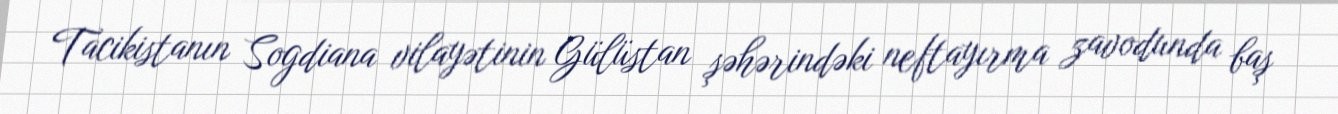
Tacikistanın Sogdiana vilayətinin Gülüstan şəhərindəki neftayırma zavodunda baş